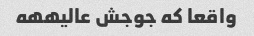
واقعا که جوجش عالیههه